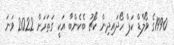
1990ގެ ވޯލްޑް ކަޕް ހޯދައިދިން ކޯޗު ބެކެންބާ އަކީ ގަތަރަށް 2022 ވަނަ